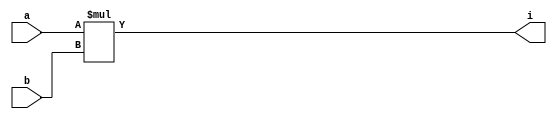
`timescale 1ns / 1ps
//////////////////////////////////////////////////////////////////////////////////
// Company: 
// Engineer: 
// 
// Design Name: 
// Module Name: inm
// Project Name: 
// Target Devices: 
// Tool Versions: 
// Description: 
// 
// Dependencies: 
// 
// Revision:
// Revision 0.01 - File Created
// Additional Comments:
// 
//////////////////////////////////////////////////////////////////////////////////


module inm(input a, b, output i);
    assign i = a * b;
endmodule